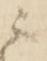
ニ